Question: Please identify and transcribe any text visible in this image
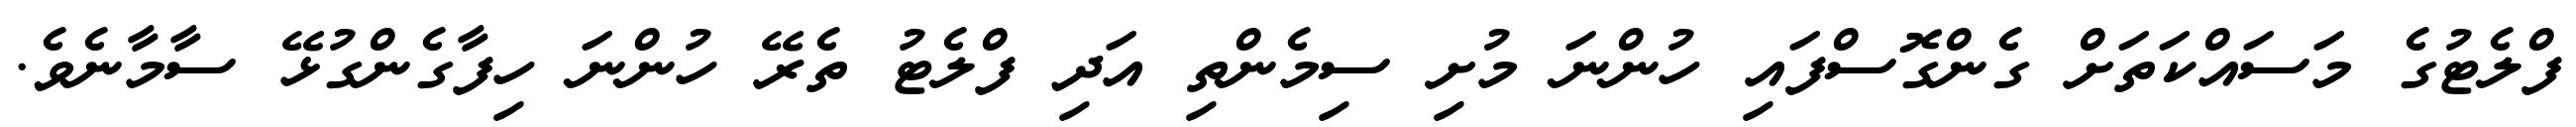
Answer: ފްލެޓުގެ މަސައްކަތަށް ގެންގޮސްފައި ހުންނަ މުށި ސިމެންތި އަދި ފްލެޓު ތެރޭ ހުންނަ ހިފާގެންގުޅޭ ސާމާނެވެ.